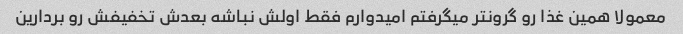
معمولا همین غذا رو گرونتر میگرفتم امیدوارم فقط اولش نباشه بعدش تخفیفش رو بردارین